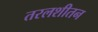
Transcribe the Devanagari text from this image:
तरलशीतन